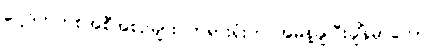
ပေါ့ဒ်ကတ်စ်အစီအစဉ်များ တရားရုံးက အမိန့်ချပြီးချိန်မှာတောင်